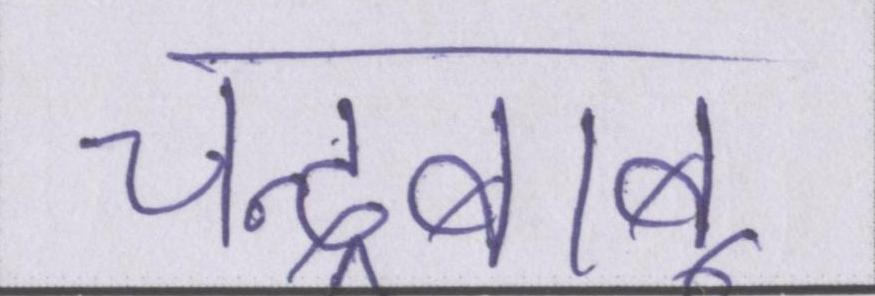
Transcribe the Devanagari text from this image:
चन्द्रबाबू